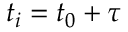
t _ { i } = t _ { 0 } + \tau